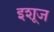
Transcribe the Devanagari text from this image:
इशूज